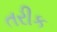
તરીક